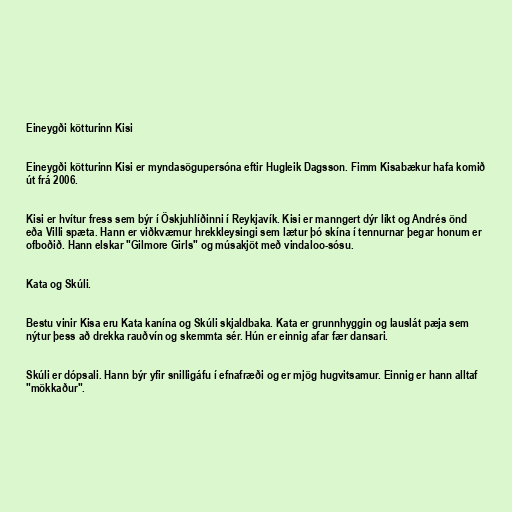
Eineygði kötturinn Kisi

Eineygði kötturinn Kisi er myndasögupersóna eftir Hugleik Dagsson. Fimm Kisabækur hafa komið
út frá 2006.

Kisi er hvítur fress sem býr í Öskjuhlíðinni í Reykjavík. Kisi er manngert dýr líkt og Andrés önd
eða Villi spæta. Hann er viðkvæmur hrekkleysingi sem lætur þó skína í tennurnar þegar honum er
ofboðið. Hann elskar "Gilmore Girls" og músakjöt með vindaloo-sósu.

Kata og Skúli.

Bestu vinir Kisa eru Kata kanína og Skúli skjaldbaka. Kata er grunnhyggin og lauslát pæja sem
nýtur þess að drekka rauðvín og skemmta sér. Hún er einnig afar fær dansari.

Skúli er dópsali. Hann býr yfir snilligáfu í efnafræði og er mjög hugvitsamur. Einnig er hann alltaf
"mökkaður".